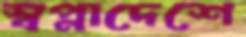
স্বপ্নাদেশে